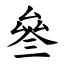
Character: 叄